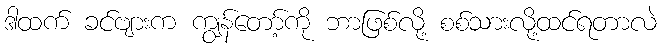
ဒါထက် ခင်ဗျားက ကျွန်တော့်ကို ဘာဖြစ်လို့ စစ်သားလို့ထင်ရတာလဲ